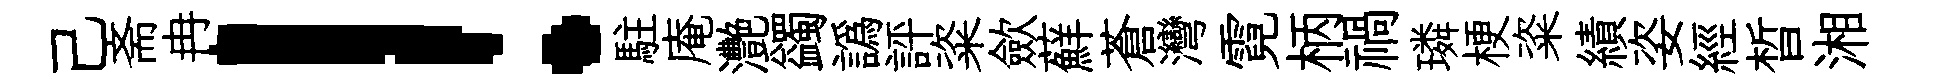
己斋冉！駐庵灧蠲譌評粢歛蘚蒼灣霓柄禍璘梗粢績姿經晳湘